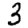
Digit: 3